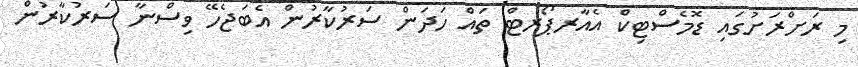
މި ރަށްރަށުގައި ޑޮމެސްޓިކް އެއާރޕޯރޓް ތައް ހަދަން ސަރުކާރުން އެބަޖެހޭ ވިސްނާ ސަރުކާރުން